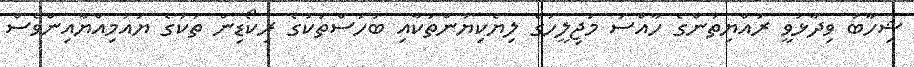
ޝިހާބު ވިދާޅުވީ ރައްޔިތުންގެ ހާއްސަ މަޖިލީހުގެ ލިޔެކިޔުންތަކާއި ބަހުސްތަކުގެ ރިކޯޑިން ތަކުގެ ޔައުމިއްޔާއިންވެސް